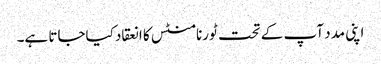
اپنی مدد آپ کے تحت ٹورنامنٹس کا انعقاد کیاجاتا ہے۔